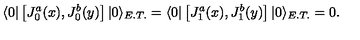
\langle 0 | \left[ J _ { 0 } ^ { a } ( x ) , J _ { 0 } ^ { b } ( y ) \right] | 0 \rangle _ { E . T . } = \langle 0 | \left[ J _ { 1 } ^ { a } ( x ) , J _ { 1 } ^ { b } ( y ) \right] | 0 \rangle _ { E . T . } = 0 .